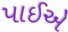
પાઈએ